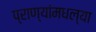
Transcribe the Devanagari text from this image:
प्राण्यांमधल्या